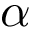
\alpha